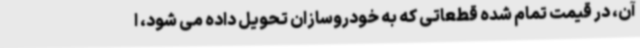
آن، در قیمت تمام شده قطعاتی که به خودروسازان تحویل داده می شود، ا